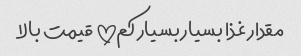
مقدار غذا بسیار بسیار کم!!! قیمت بالا